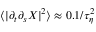
\langle | \partial _ { t } \partial _ { s } { \ensuremath \boldsymbol { X } } | ^ { 2 } \rangle \approx 0 . 1 / \tau _ { \eta } ^ { 2 }